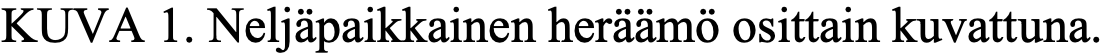
KUVA  1. Neljäpaikkainen heräämö osittain kuvattuna.